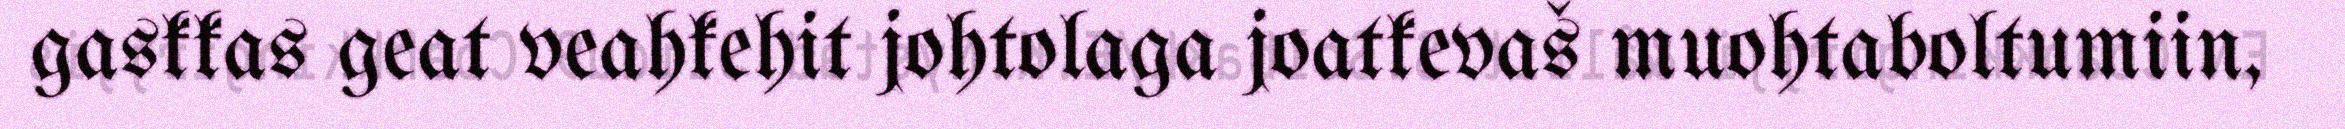
gaskkas geat veahkehit johtolaga joatkevaš muohtaboltumiin,